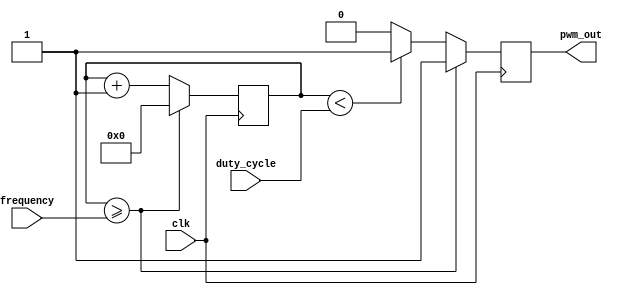
module pwm_pulse_generator (
    input wire clk,             // external clock source
    input wire [7:0] duty_cycle,// duty cycle setting
    input wire [7:0] frequency, // frequency setting
    output reg pwm_out          // PWM output signal
);

reg [15:0] counter = 16'd0;     // 16-bit counter for timing control

always @(posedge clk) begin
    counter <= counter + 1;     // increment counter on each clock cycle

    if (counter >= frequency) begin
        counter <= 0;           // reset counter when reaching frequency value
        pwm_out <= 1;           // set PWM output signal high
    end else begin
        if (counter < duty_cycle) begin
            pwm_out <= 1;       // set PWM output signal high
        end else begin
            pwm_out <= 0;       // set PWM output signal low
        end
    end
end

endmodule